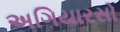
અગિયારસો